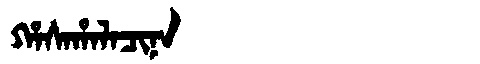
Manchu: ᡥᠠᠰᠠᡥᠠᠯᠠᠴᡳᠨᠠ
Romanization: HASAHALACINA